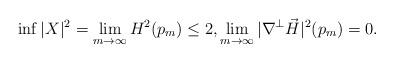
LaTeX: \begin{align*}\inf|X|^2=\lim_{m\rightarrow\infty}H^2(p_m)\leq 2, \lim_{m\rightarrow\infty}|\nabla^{\perp} \vec H|^2(p_m)=0.\end{align*}